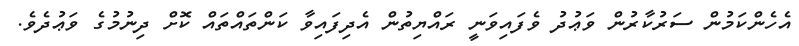
އެހެންކަމުން ސަރުކާރުން ވަޢުދު ވެފައިވަނީ ރައްޔިތުން އެދިފައިވާ ކަންތައްތައް ކޮށް ދިނުމުގެ ވަޢުދެވެ.